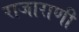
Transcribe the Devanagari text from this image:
राजाराणी